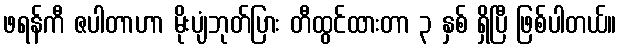
ဖရန်ကီ ဇပါတာဟာ မိုးပျံဘုတ်ပြား တီထွင်ထားတာ ၃ နှစ် ရှိပြီ ဖြစ်ပါတယ်။